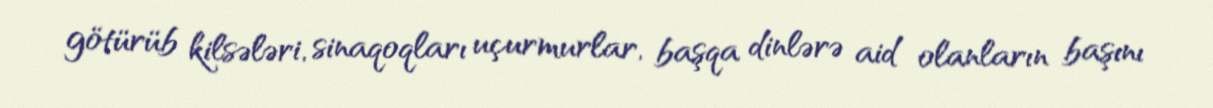
götürüb kilsələri, sinaqoqları uçurmurlar, başqa dinlərə aid olanların başını